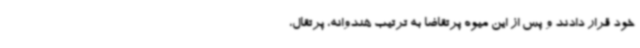
خود قرار دادند و پس از این میوه پرتقاضا به ترتیب هندوانه، پرتقال،